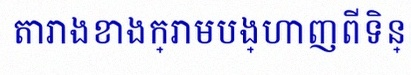
តារាងខាងក្រោមបង្ហាញពីទិន្នន័យ